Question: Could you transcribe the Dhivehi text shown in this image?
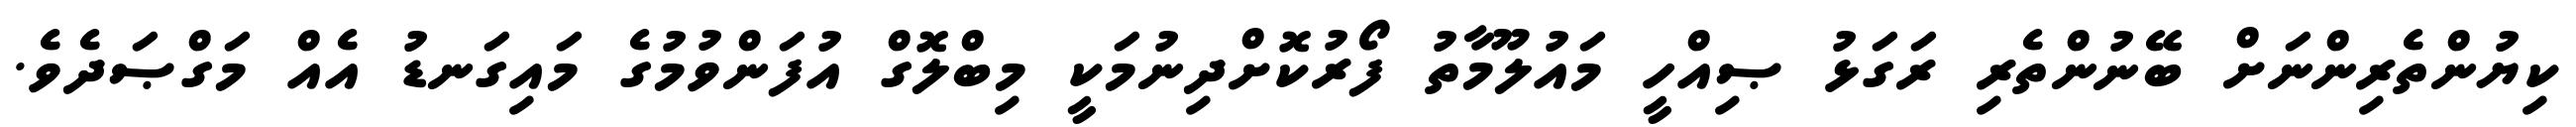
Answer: ކިޔުންތެރިންނަށް ބޭނުންތެރި ރަގަޅު ޞިއްހީ މައުލޫމާތު ފޯރުކޮށްދިނުމަކީ މިބްލޮގް އުފަންވުމުގެ މައިގަނޑު އެއް މަގްޞަދެވެ.